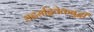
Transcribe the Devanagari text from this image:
सदसद्विवेकबुद्धी